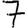
Digit: 7